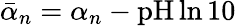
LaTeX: \bar{\alpha}_{n}=\alpha_{n}-\mathrm{pH}\ln{10}